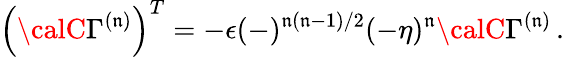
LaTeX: \left({\calC}\Gamma^{(\mathfrak{n})}\right)^{T}=-\epsilon(-)^{\mathfrak{n}(\mathfrak{n}-1)/2}(-\eta)^{\mathfrak{n}}{\calC}\Gamma^{(\mathfrak{n})}\, .